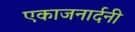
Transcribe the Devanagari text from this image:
एकाजनार्दनी